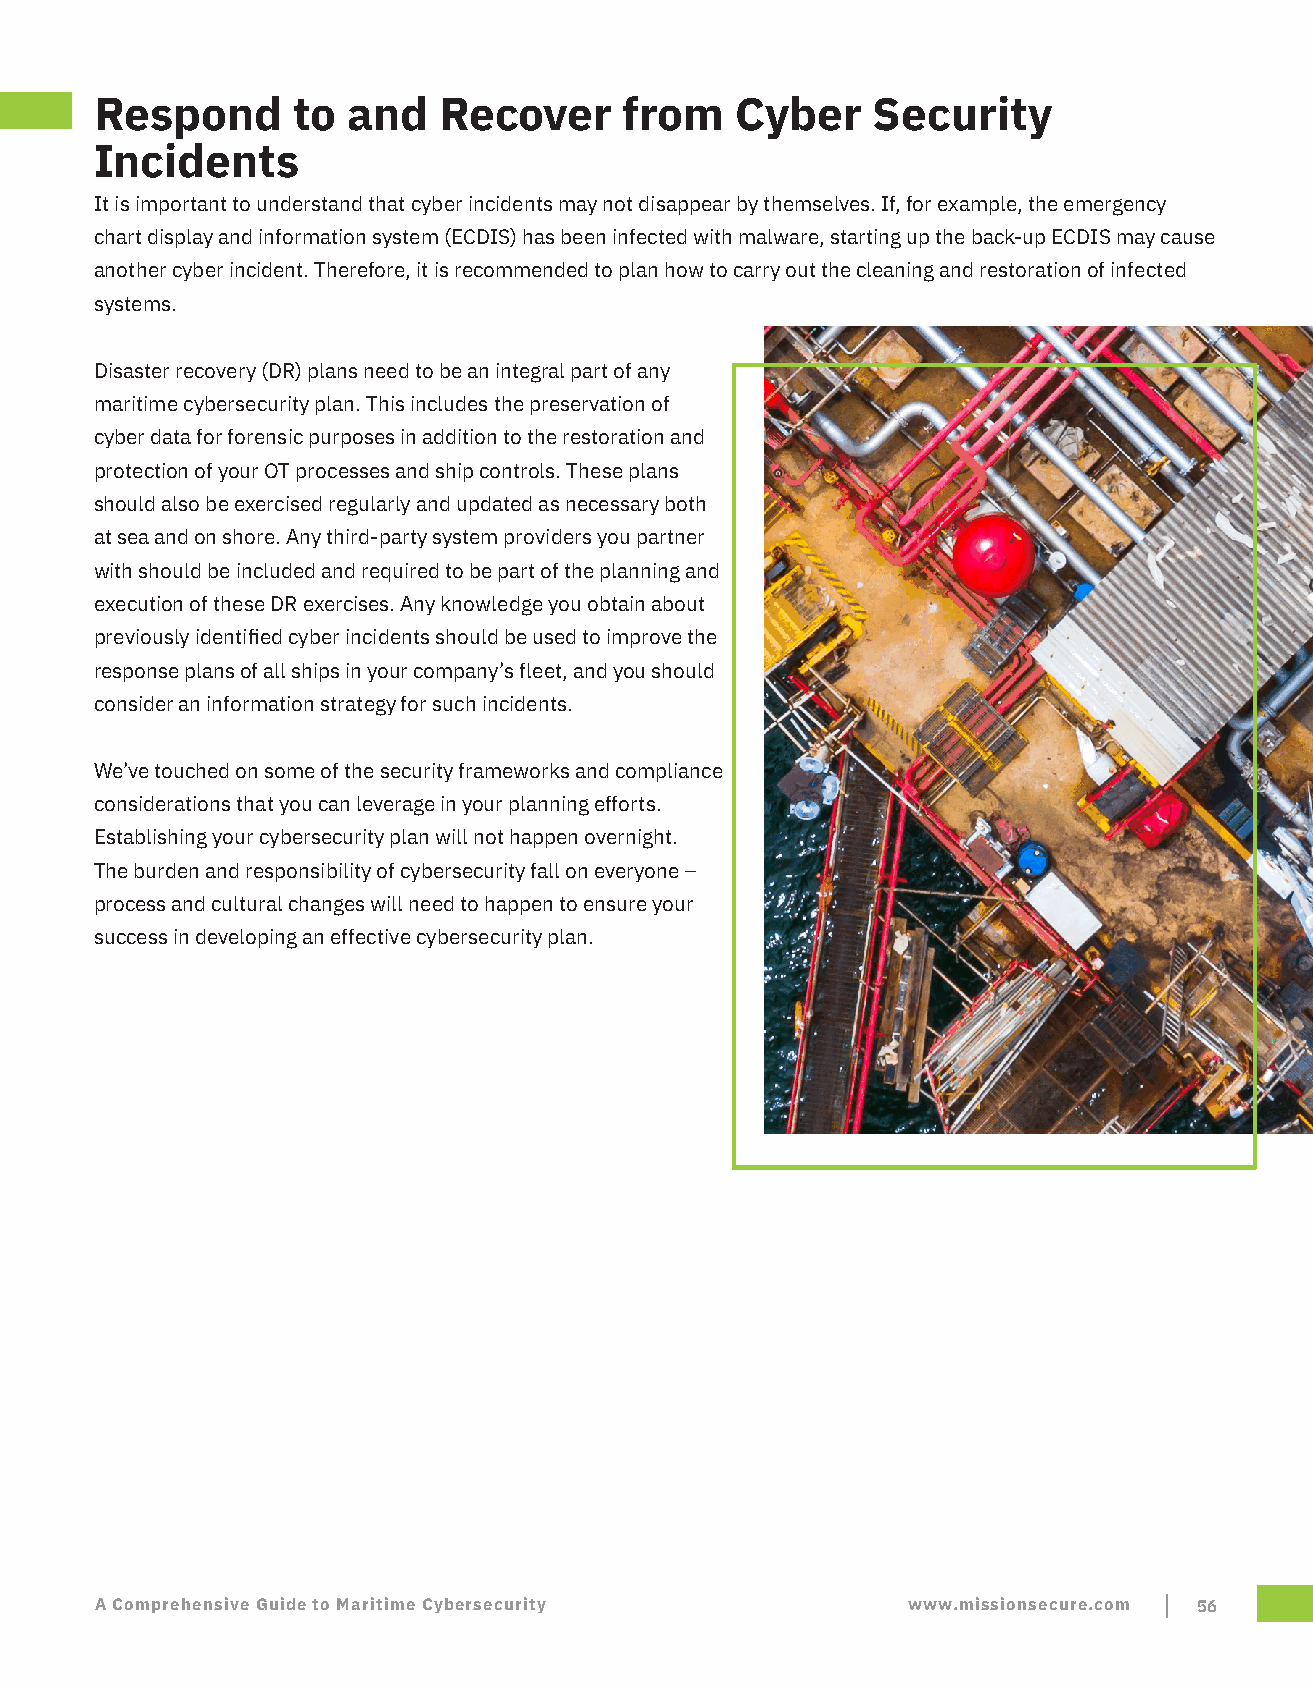
Respond      to  and   Recover     from    Cyber    Security
 Incidents
 It is important to understand that cyber incidents may not disappear by themselves. If, for example, the emergency
 chart display and information system (ECDIS) has been infected with malware, starting up the back-up ECDIS may cause
 another cyber incident. Therefore, it is recommended to plan how to carry out the cleaning and restoration of infected
 systems.
 Disaster recovery (DR) plans need to be an integral part of any
 maritime cybersecurity plan. This includes the preservation of
 cyber data for forensic purposes in addition to the restoration and
 protection of your OT processes and ship controls. These plans
 should also be exercised regularly and updated as necessary both
 at sea and on shore. Any third-party system providers you partner
 with should be included and required to be part of the planning and
 execution of these DR exercises. Any knowledge you obtain about
 previously identified cyber incidents should be used to improve the
 response plans of all ships in your company’s fleet, and you should
 consider an information strategy for such incidents.
 We’ve touched on some of the security frameworks and compliance
 considerations that you can leverage in your planning efforts.
 Establishing your cybersecurity plan will not happen overnight.
 The burden and responsibility of cybersecurity fall on everyone –
 process and cultural changes will need to happen to ensure your
 success in developing an effective cybersecurity plan.
 A Comprehensive Guide to Maritime Cybersecurity       www.missionsecure.com 56